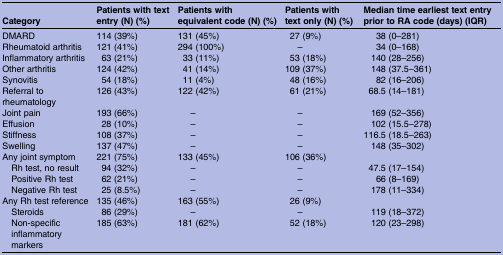
| Category | Patients with text entry (N) (%) | Patients with equivalent code (N) (%) | Patients with text only (N) (%) | Median time earliest text entry prior to RA code (days) (IQR) |
 | --- | --- | --- | --- | --- |
 | DMARD | 114 (39%) | 131 (45%) | 27 (9%) | 38 (0–281) |
 | Rheumatoid arthritis | 121 (41%) | 294 (100%) | – | 34 (0–168) |
 | Inflammatory arthritis | 63 (21%) | 33 (11%) | 53 (18%) | 140 (28–256) |
 | Other arthritis | 124 (42%) | 41 (14%) | 109 (37%) | 148 (37.5–361) |
 | Synovitis | 54 (18%) | 11 (4%) | 48 (16%) | 82 (16–206) |
 | Referral to rheumatology | 126 (43%) | 122 (42%) | 61 (21%) | 68.5 (14–181) |
 | Joint pain | 193 (66%) | – | – | 169 (52–356) |
 | Effusion | 28 (10%) | – | – | 102 (15.5–278) |
 | Stiffness | 108 (37%) | – | – | 116.5 (18.5–263) |
 | Swelling | 137 (47%) | – | – | 148 (35–302) |
 | Any joint symptom | 221 (75%) | 133 (45%) | 106 (36%) |  |
 | Rh test, no result | 94 (32%) | – | – | 47.5 (17–154) |
 | Positive Rh test | 62 (21%) | – | – | 66 (8–169) |
 | Negative Rh test | 25 (8.5%) | – | – | 178 (11–334) |
 | Any Rh test reference | 135 (46%) | 163 (55%) | 26 (9%) |  |
 | Steroids | 86 (29%) | – | – | 119 (18–372) |
 | Non-specific inflammatory markers | 185 (63%) | 181 (62%) | 52 (18%) | 120 (23–298) |